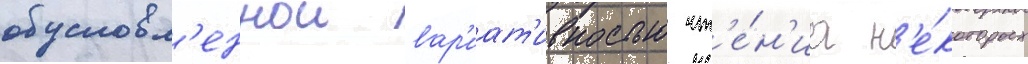
обусловл'еннои вар'иат'ивностью чт'е́н'иа н'е́которых